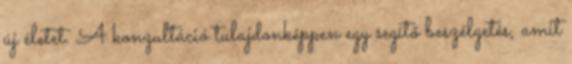
új életet. A konzultáció tulajdonképpen egy segítő beszélgetés, amit